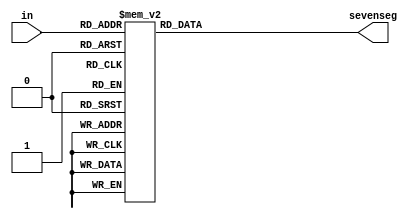
module seven_segment_decoder(
	input [3:0] in, // Input signal, represented as a 4-bit binary number
	output reg [6:0] sevenseg  // Output signal for the seven-segment display, represented as a 7-bit binary number
);
	
	always @(in)
		begin
			case (in)
				//Hexadecimal values					
				4'h0: sevenseg = 7'b1000000; // When input is 4'b0000, display shows the number 0
				4'h1: sevenseg = 7'b1111001;
				4'h2: sevenseg = 7'b0100100;
				4'h3: sevenseg = 7'b0110000;
				4'h4: sevenseg = 7'b0011001;
				4'h5: sevenseg = 7'b0010010;
				4'h6: sevenseg = 7'b0000010;
				4'h7: sevenseg = 7'b1111000;
				4'h8: sevenseg = 7'b0000000;
				4'h9: sevenseg = 7'b0010000;
				4'hA: sevenseg = 7'b0001000;
				4'hB: sevenseg = 7'b0000011;
				4'hC: sevenseg = 7'b1000110;
				4'hD: sevenseg = 7'b0100001;
				4'hE: sevenseg = 7'b0000110;
				4'hF: sevenseg = 7'b0001110; // When input is 4'b1111, display shows the number F
				default: sevenseg = 7'b1111111;  // In the default case, the display is turned off
			endcase
		end		
endmodule